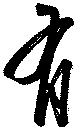
有